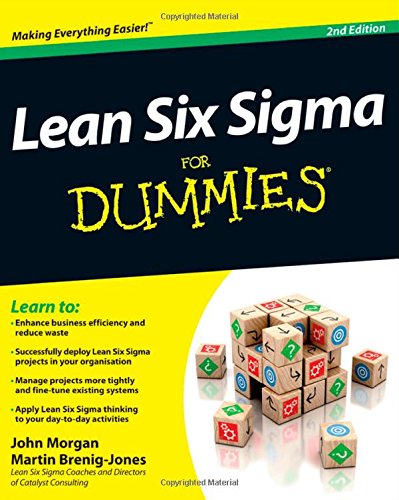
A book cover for Lean Six Sigma For Dummies; John Morgan; Engineering & Transportation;